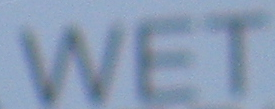
WET